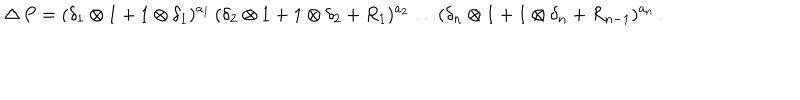
\Delta \, P = ( \delta _ { 1 } \otimes 1 + 1 \otimes \delta _ { 1 } ) ^ { a _ { 1 } } \, ( \delta _ { 2 } \otimes 1 + 1 \otimes \delta _ { 2 } + R _ { 1 } ) ^ { a _ { 2 } } \ldots ( \delta _ { n } \otimes 1 + 1 \otimes \delta _ { n } + R _ { n - 1 } ) ^ { a _ { n } } \, .